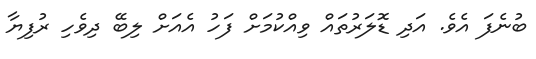
ބުނެފަ އެވެ. އަދި ޑޮލަރުތައް ވިއްކުމަށް ފަހު އެއަށް ލިބޭ ދިވެހި ރުފިޔާ